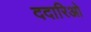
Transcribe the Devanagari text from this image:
ददारिओ